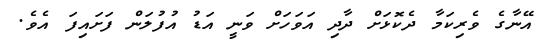
އޭނާގެ ވެރިކަމާ ދެކޮޅަށް ދާދި އަވަަހަށް ވަނީ އަޑު އުފުލަން ފަށައިފަ އެވެ.